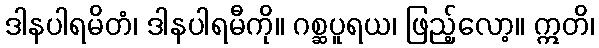
ဒါနပါရမိတံ၊ ဒါနပါရမီကို။ ဂစ္ဆပူရယ၊ ဖြည့်လော့။ ဣတိ၊